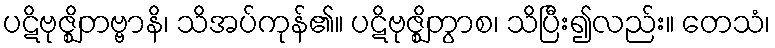
ပဋိဗုဇ္ဈိတဗ္ဗာနိ၊ သိအပ်ကုန်၏။ ပဋိဗုဇ္ဈိတွာစ၊ သိပြီး၍လည်း။ တေသံ၊